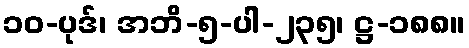
၁၀-ပုဒ်၊ အဘိ-၅-ပါ-၂၃၅၊ ဋ္ဌ-၁၈၈။